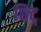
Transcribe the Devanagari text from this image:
छिट्